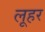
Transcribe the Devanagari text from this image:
लूहर